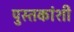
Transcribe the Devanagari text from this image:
पुस्तकांशी